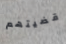
قضيتهم